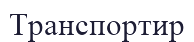
Транспортир